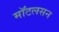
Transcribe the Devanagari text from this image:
मॉटलसन